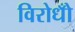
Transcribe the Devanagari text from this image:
विरोधोँ